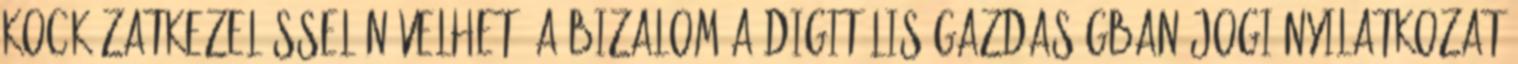
Kockázatkezeléssel növelhető a bizalom a digitális gazdaságban Jogi nyilatkozat